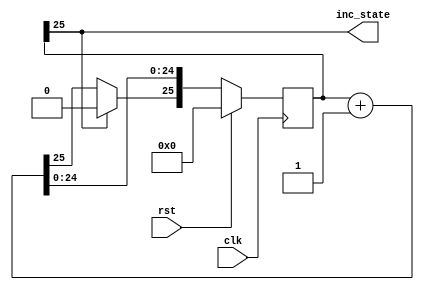
/*
   This file was generated automatically by the Mojo IDE version B1.3.6.
   Do not edit this file directly. Instead edit the original Lucid source.
   This is a temporary file and any changes made to it will be destroyed.
*/

module stateCounter_2 (
    input clk,
    input rst,
    output reg inc_state
  );
  
  
  
  reg [25:0] M_stateCounter_d, M_stateCounter_q = 1'h0;
  
  always @* begin
    M_stateCounter_d = M_stateCounter_q;
    
    inc_state = M_stateCounter_q[25+0-:1];
    M_stateCounter_d = M_stateCounter_q + 1'h1;
    if (M_stateCounter_q[25+0-:1] == 1'h1) begin
      M_stateCounter_d[25+0-:1] = 1'h0;
    end
  end
  
  always @(posedge clk) begin
    if (rst == 1'b1) begin
      M_stateCounter_q <= 1'h0;
    end else begin
      M_stateCounter_q <= M_stateCounter_d;
    end
  end
  
endmodule